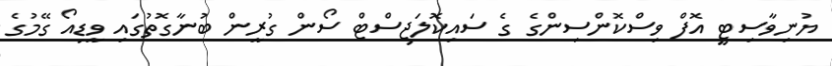
ޔުނިވާސިޓީ އޮފް ވިސްކޮންސިންގެ ގެ ސައިކޮލަޖިސްޓް ސޯން ގުރީން ބުނާގޮތުގައި ވީޑިއޯ ގޭމުގެ